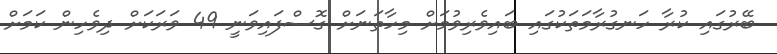
ބޭރުގައި ކުރާ ހަނގުރާމަތަކުގައި ބައިވެރިވުމަށް މިހާތަނަށް ގޮސްފައިވަނީ 49 ވަރަކަށް ދިވެހިން ކަމަށް